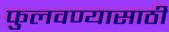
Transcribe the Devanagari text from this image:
फुलवण्यासाठी